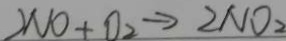
2 N O + O _ { 2 } \rightarrow 2 N O _ { 2 }